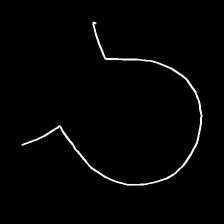
Glyph: weave